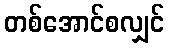
တစ်အောင်စလျှင်